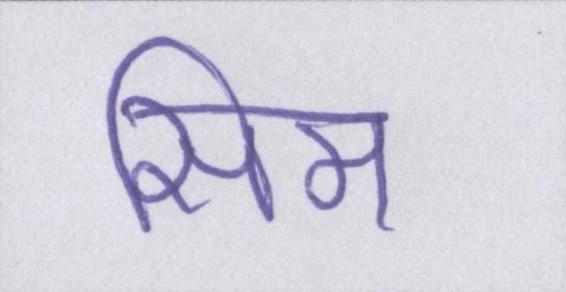
सिम